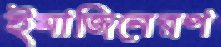
ইমাজিনেরপ